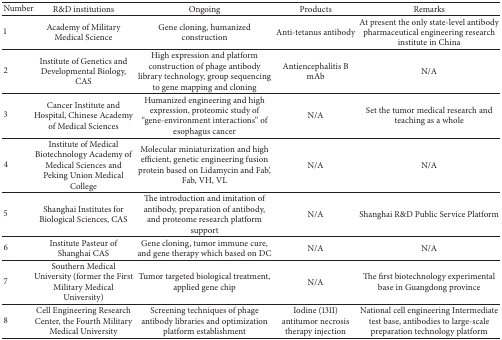
<table><thead><tr><td><b>Number</b></td><td><b>R&amp;D institutions</b></td><td><b>Ongoing</b></td><td><b>Products</b></td><td><b>Remarks</b></td></tr></thead><tbody><tr><td>1</td><td>Academy of Military Medical Science</td><td>Gene cloning, humanized construction</td><td>Anti-tetanus antibody</td><td>At present the only state-level antibody pharmaceutical engineering research institute in China</td></tr><tr><td>2</td><td>Institute of Genetics and Developmental Biology, CAS</td><td>High expression and platform construction of phage antibody library technology, group sequencing to gene mapping and cloning</td><td>Antiencephalitis B mAb</td><td>N/A</td></tr><tr><td>3</td><td>Cancer Institute and Hospital, Chinese Academy of Medical Sciences</td><td>Humanized engineering and high expression, proteomic study of “gene-environment interactions” of esophagus cancer</td><td>N/A</td><td>Set the tumor medical research and teaching as a whole</td></tr><tr><td>4</td><td>Institute of Medical Biotechnology Academy of Medical Sciences and Peking Union Medical College</td><td>Molecular miniaturization and high efficient, genetic engineering fusion protein based on Lidamycin and Fab&#x27;, Fab, VH, VL</td><td>N/A</td><td>N/A</td></tr><tr><td>5</td><td>Shanghai Institutes for Biological Sciences, CAS</td><td>The introduction and imitation of antibody, preparation of antibody, and proteome research platform support</td><td>N/A</td><td>Shanghai R&amp;D Public Service Platform</td></tr><tr><td>6</td><td>Institute Pasteur of Shanghai CAS</td><td>Gene cloning, tumor immune cure, and gene therapy which based on DC</td><td>N/A</td><td>N/A</td></tr><tr><td>7</td><td>Southern Medical University (former the First Military Medical University)</td><td>Tumor targeted biological treatment, applied gene chip</td><td>N/A</td><td>The first biotechnology experimental base in Guangdong province</td></tr><tr><td>8</td><td>Cell Engineering Research Center, the Fourth Military Medical University </td><td>Screening techniques of phage antibody libraries and optimization platform establishment</td><td>Iodine (131I) antitumor necrosis therapy injection</td><td>National cell engineering Intermediate test base, antibodies to large-scale preparation technology platform</td></tr></tbody></table>